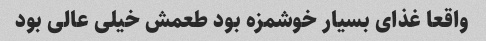
واقعا غذای بسیار خوشمزه بود طعمش خیلی عالی بود